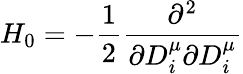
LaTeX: H_{0}=-\frac{1}{2}\frac{\partial^{2}}{\partial D_{i}^{\mu}\partial D_{i}^{\mu}}